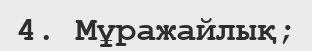
4. Мұражайлық;